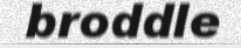
broddle